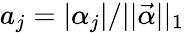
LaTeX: a_{j}=|\alpha_{j}|/||\vec{\alpha}||_{1}